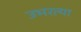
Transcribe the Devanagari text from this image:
उभरत्या